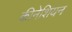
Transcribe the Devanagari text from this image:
कीनेशियन